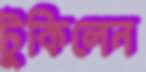
টুকিলেন